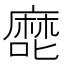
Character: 𰈴